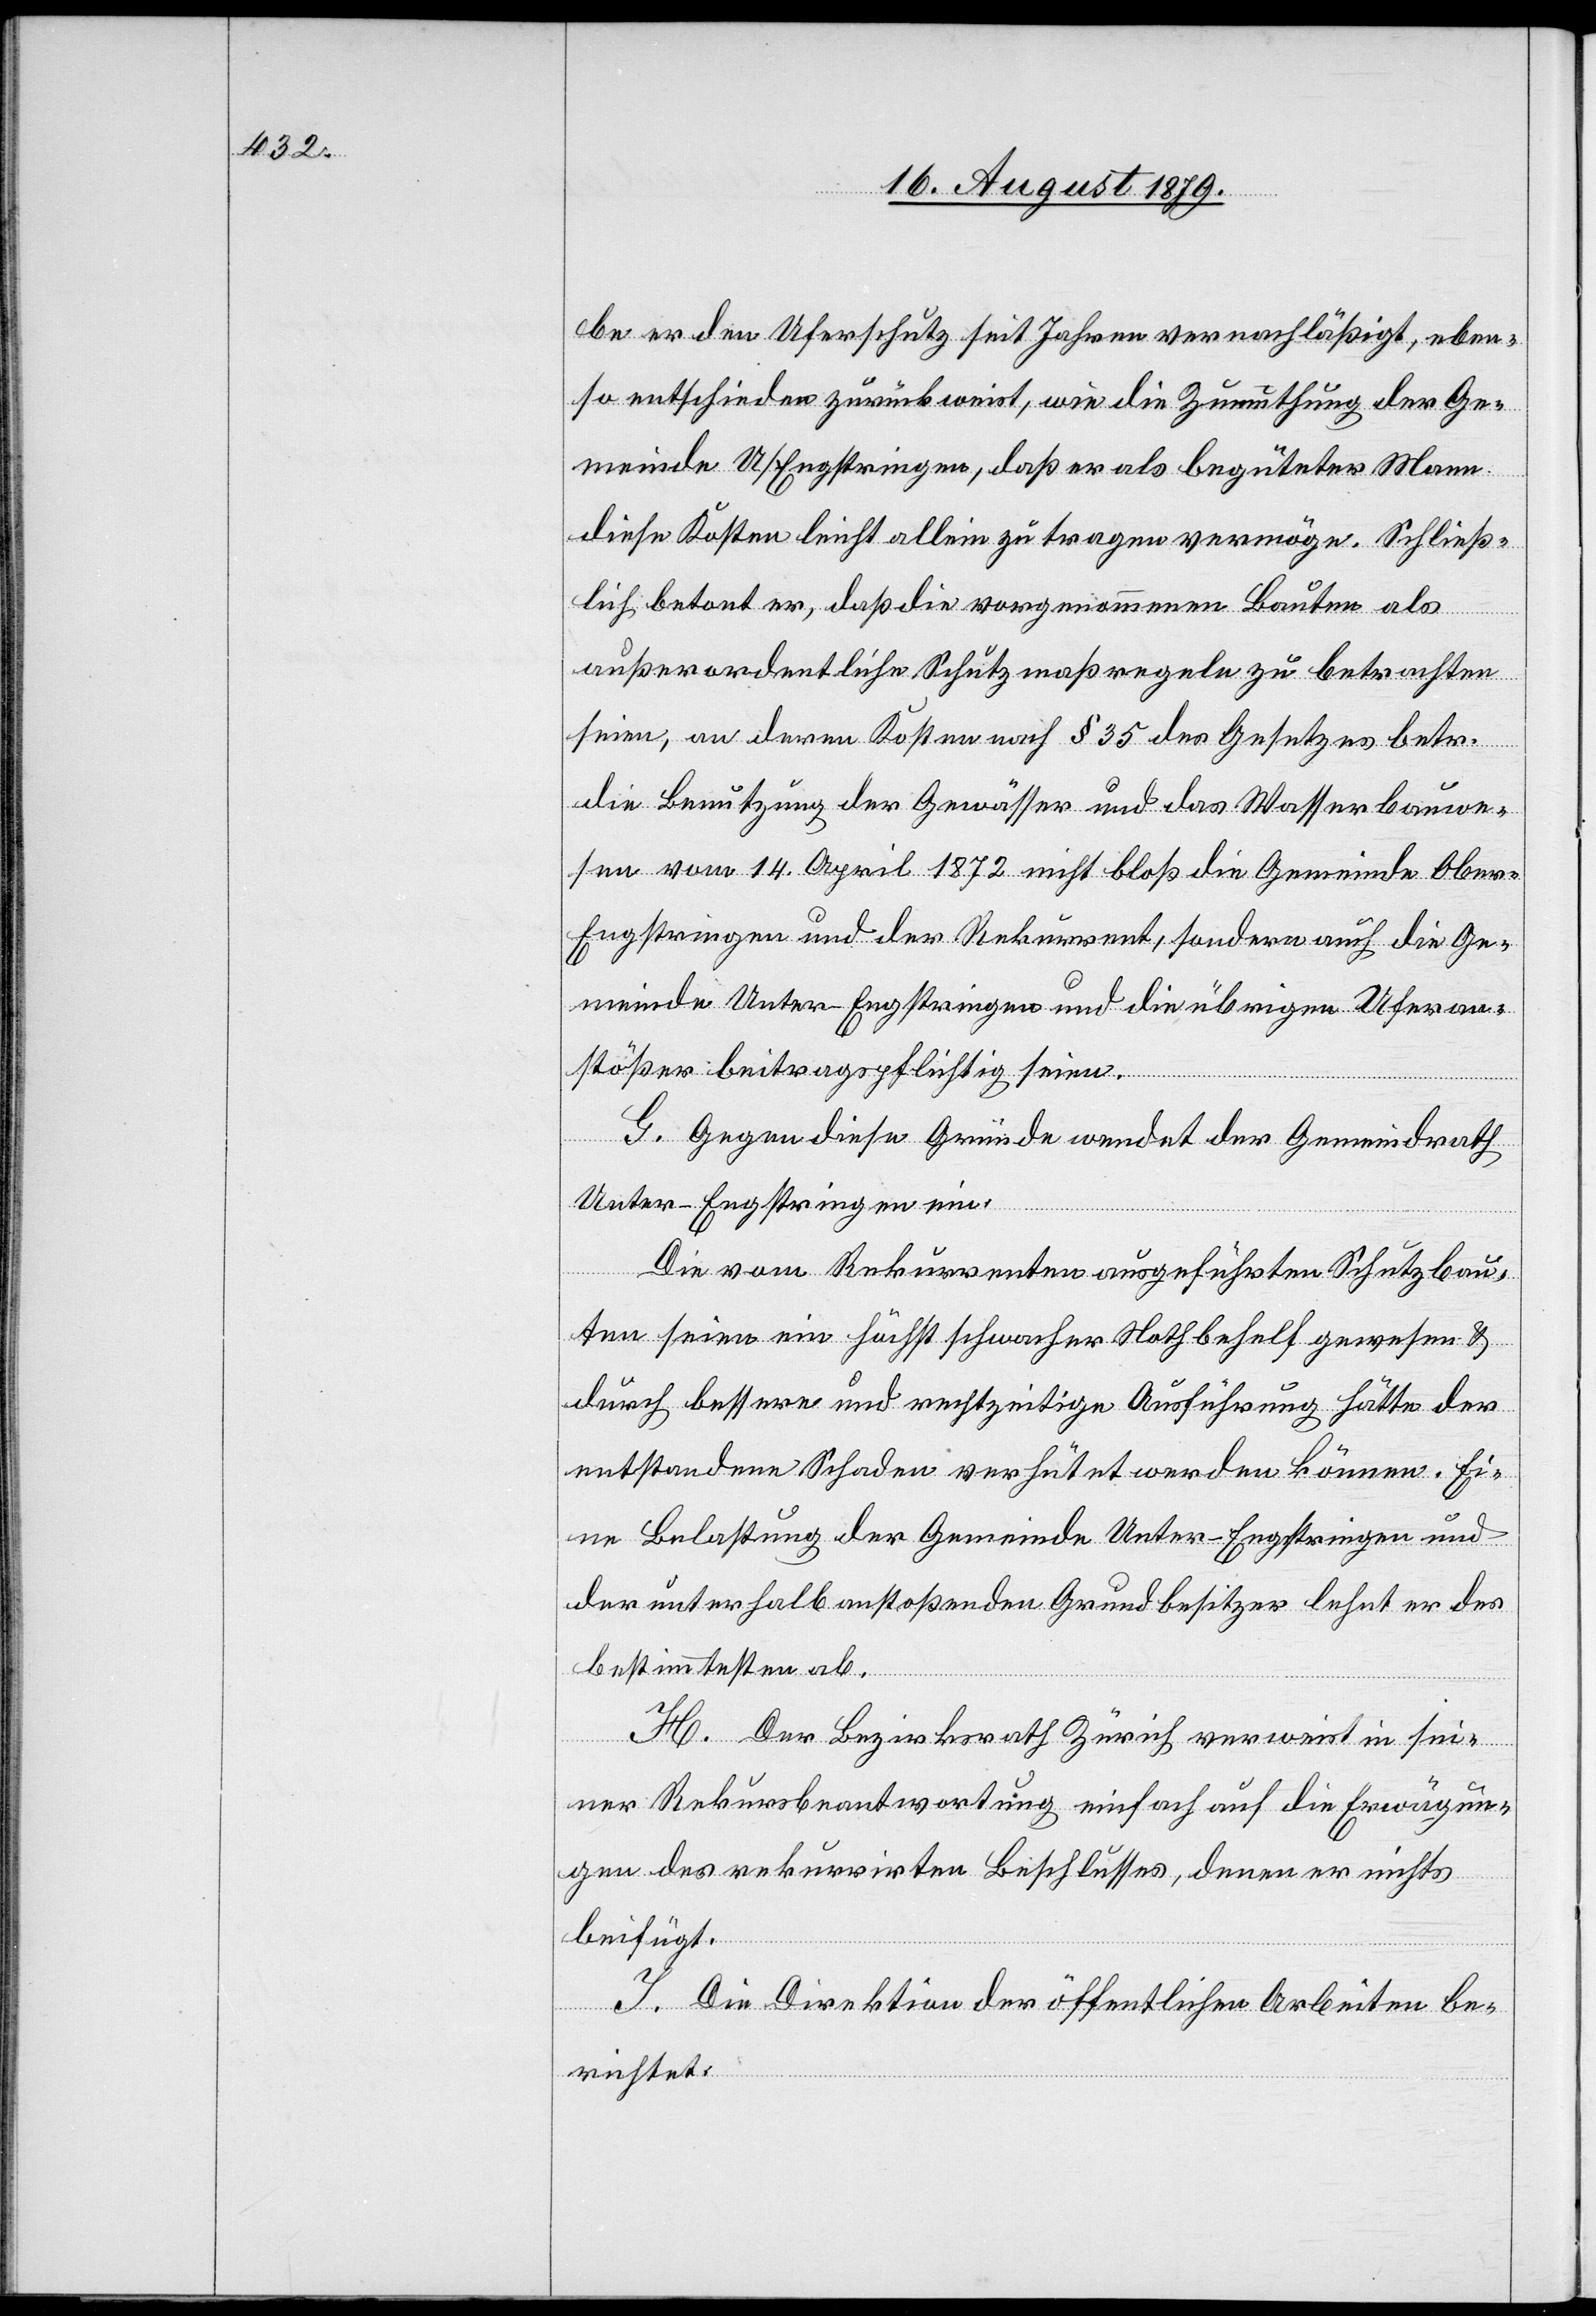
be er den Uferschutz seit Jahren vernachlässigt, eben¬
so entschieden zurückweist, wie die Zumuthung der Ge¬
meinde U/Engstringen, daß er als begüteter Mann
diese Kosten leicht allein zu tragen vermöge. Schließ¬
lich betont er, daß die vorgenommenen Bauten als
außerordentliche Schutzmaßregeln zu betrachten
seien, an deren Kosten nach § 35 des Gesetzes betr.
die Benutzung der Gewässer und das Wasserbauwe¬
sen vom 14. April 1872 nicht bloß die Gemeinde Obe¬
r-Engstringen und der Rekurrent, sondern auch die Ge¬
meinde Unter-Engstringen und die übrigen Uferan¬
stößer beitragspflichtig seien.
G. Gegen diese Gründe wendet der Gemeindrath
Unter-Engstringen ein:
Die vom Rekurrenten ausgeführten Schutzbau¬
ten seien ein höchst schwacher Nothbehelf gewesen &
durch bessere und rechtzeitige Ausführung hätte der
entstandene Schaden verhütet werden können. Ei¬
ne Belastung der Gemeinde Unter-Engstringen und
der unterhalbanstoßenden Grundbesitzer lehnt er des
bestimmtesten ab.
H. Der Bezirksrath Zürich verweist in sei¬
ner Rekursbeantwortung einfach auf die Erwägun¬
gen des rekurrirten Beschlusses, deren er nichts
beifügt.
I. Die Direktion der öffentlichen Arbeiten be¬
richtet: